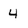
Character: 4